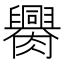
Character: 𦢰